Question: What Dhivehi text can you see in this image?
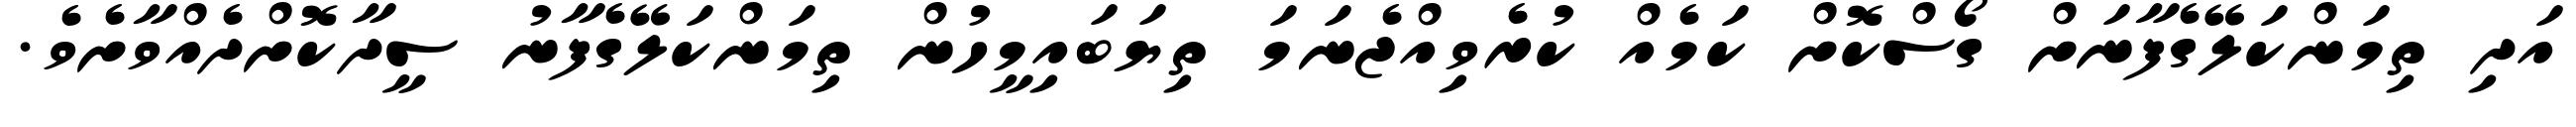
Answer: އަދި ތިމަންކަލޭގެފާނަށް ގޯސްކޮށް ކަމެއް ކުރެވިއްޖެނަމަ ތިޔަބައިމީހުން ތިމަންކަލޭގެފާނު ސީދާކޮށްދެއްވާށެވެ.